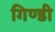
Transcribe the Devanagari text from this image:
गिण्डी